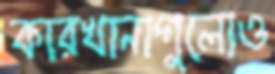
কারখানাগুলোও